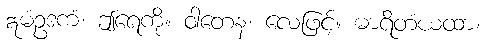
ဣမံဥဒကံ၊ ဤရေကို။ ဝါတေန၊ လေဖြင့်။ ဓာရိတံယထာ၊